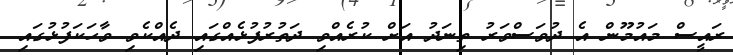
ރައީސް މައުމޫން އެ ދުވަސްވަރު ތިނަދު އަށް ކުރެއްވި ދަތުރުފުޅެއްގައި ދެއްކެވި ވާހަކަފުޅުގައި